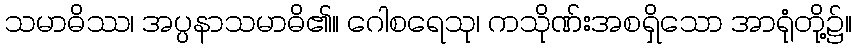
သမာဓိဿ၊ အပ္ပနာသမာဓိ၏။ ဂေါစရေသု၊ ကသိုဏ်းအစရှိသော အာရုံတို့၌။